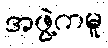
အဖွဲ့ကမူ